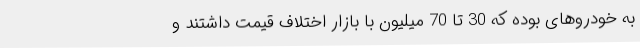
به خودروهای بوده که 30 تا 70 میلیون با بازار اختلاف قیمت داشتند و